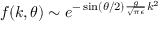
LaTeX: f ( k , \theta ) \sim e ^ { - \sin ( \theta / 2 ) \frac { g } { \sqrt { \pi \epsilon } } k ^ { 2 } }